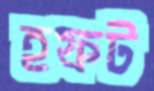
হফট